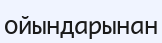
ойындарынан